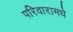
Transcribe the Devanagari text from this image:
परिवारामधे